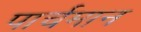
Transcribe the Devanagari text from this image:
पार्चमान